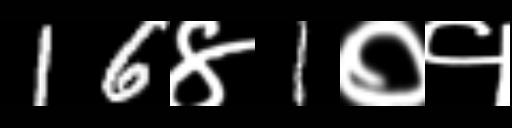
Text: 16४1०१